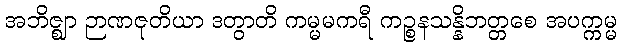
အဘိဇ္ဈာ ဉာဏဇုတိယာ ဒတွာတိ ကမ္မမကရီ ကဉ္စနသန္နိဘတ္တစေ အပက္ကမ္မ